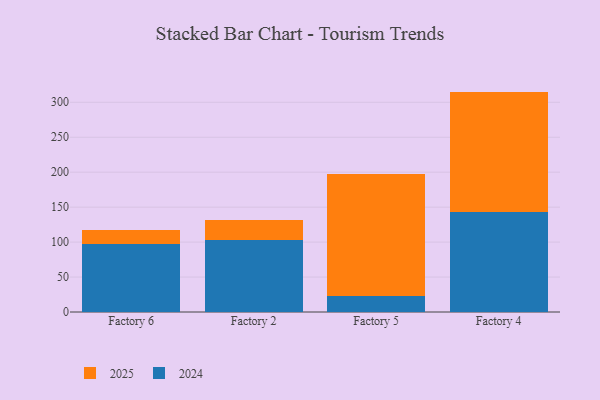
{"axis": {"x": "Factory", "y": "Waste Production (Tons)"}, "legend": ["2024", "2025"], "data": [{"x": "Factory 6", "y": 97.9, "type": "2024"}, {"x": "Factory 6", "y": 20.0, "type": "2025"}, {"x": "Factory 2", "y": 102.4, "type": "2024"}, {"x": "Factory 2", "y": 29.4, "type": "2025"}, {"x": "Factory 5", "y": 22.4, "type": "2024"}, {"x": "Factory 5", "y": 174.8, "type": "2025"}, {"x": "Factory 4", "y": 143.7, "type": "2024"}, {"x": "Factory 4", "y": 171.6, "type": "2025"}]}